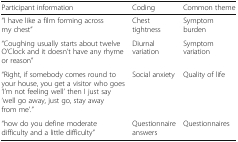
| Participant information | Coding | Common theme |
 | --- | --- | --- |
 | “I have like a film forming across my chest” | Chest tightness | Symptom burden |
 | “Coughing usually starts about twelve O’Clock and it doesn’t have any rhyme or reason” | Diurnal variation | Symptom variation |
 | “Right, if somebody comes round to your house, you get a visitor who goes ‘I’m not feeling well’ then I just say ‘well go away, just go, stay away from me’.” | Social anxiety | Quality of life |
 | “how do you define moderate difficulty and a little difficulty” | Questionnaire answers | Questionnaires |